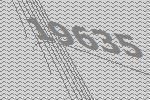
19635